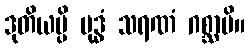
ဒုတိယမ္ပိ ဗုဒ္ဓံ သရဏံ ဂစ္ဆာမိ။